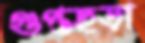
গুপ্তছড়া